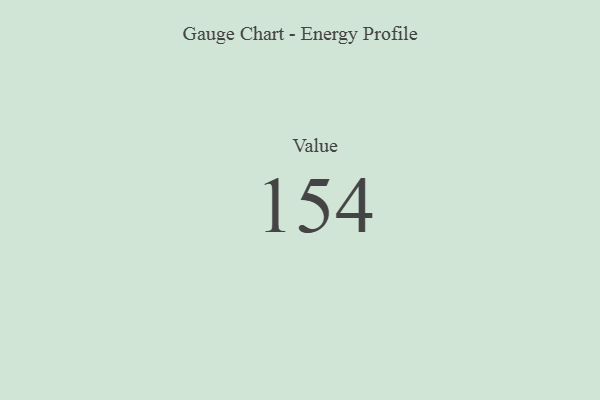
{"axis": {"x": "Metric", "y": "Value"}, "legend": [""], "data": [{"x": "Value", "y": 154, "type": ""}]}